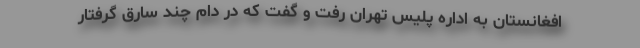
افغانستان به اداره پلیس تهران رفت و گفت که در دام چند سارق گرفتار